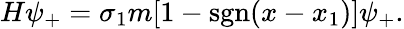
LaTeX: H\psi_{+}=\sigma_{1}m[1-\mathrm{sgn}(x-x_{1})]\psi_{+}.